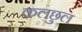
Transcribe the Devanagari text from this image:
कलछुल